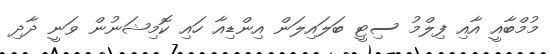
މުމްބާއީ އާއި ފިލްމު ސިޓީ ބަލައިލަން އިންޑިއާ ހައި ކޮމިޝަނުން ވަނީ ދާދި